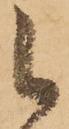
被